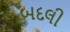
બદલી